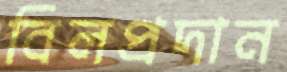
বিলপ্রদান